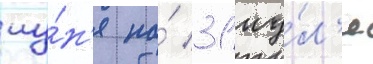
иу́н'я по́ 31 иу́л'я